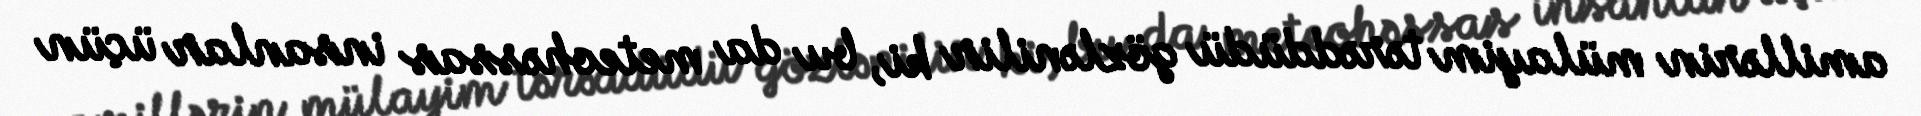
amillərin mülayim tərəddüdü gözlənilir ki, bu da meteohəssas insanlar üçün